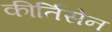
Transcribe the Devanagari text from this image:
कीर्तिसेन